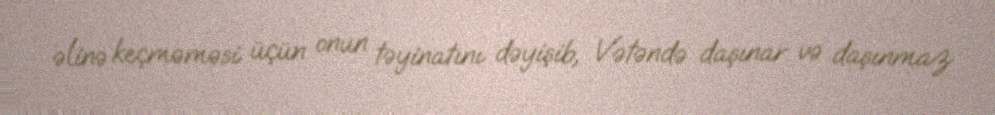
əlinə keçməməsi üçün onun təyinatını dəyişib, Vətəndə daşınar və daşınmaz